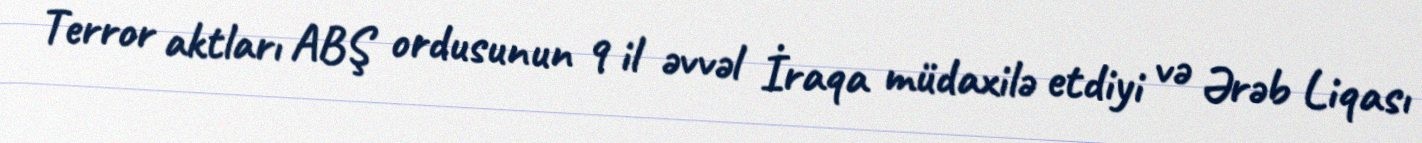
Terror aktları ABŞ ordusunun 9 il əvvəl İraqa müdaxilə etdiyi və Ərəb Liqası